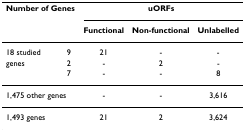
<table><thead><tr><td colspan="2"><b>Number of Genes</b></td><td colspan="3"><b>uORFs</b></td></tr><tr><td></td><td></td><td><b>Functional</b></td><td><b>Non-functional</b></td><td><b>Unlabelled</b></td></tr></thead><tbody><tr><td>18 studied</td><td>9</td><td>21</td><td>-</td><td>-</td></tr><tr><td>genes</td><td>2</td><td>-</td><td>2</td><td>-</td></tr><tr><td></td><td>7</td><td>-</td><td>-</td><td>8</td></tr><tr><td colspan="2">1,475 other genes</td><td>-</td><td>-</td><td>3,616</td></tr><tr><td>1,493 genes</td><td></td><td>21</td><td>2</td><td>3,624</td></tr></tbody></table>